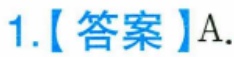
1.【答案】A.